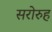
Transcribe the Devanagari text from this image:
सरोरुह